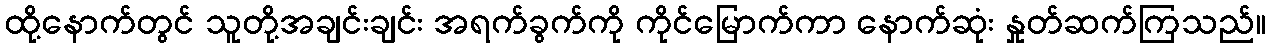
ထို့နောက်တွင် သူတို့အချင်းချင်း အရက်ခွက်ကို ကိုင်မြောက်ကာ နောက်ဆုံး နှုတ်ဆက်ကြသည်။